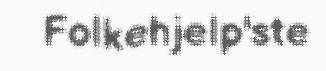
Folkehjelp'ste